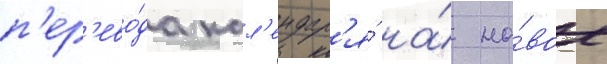
п'ер'ево́да кал'ендар'я́ на́ но́вое